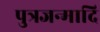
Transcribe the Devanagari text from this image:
पुत्रजन्मादि